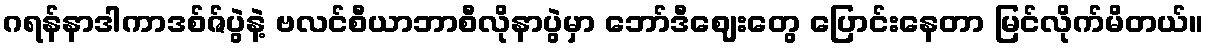
ဂရန်နာဒါကာဒစ်ဇ်ပွဲနဲ့ ဗလင်စီယာဘာစီလိုနာပွဲမှာ ဘော်ဒီဈေးတွေ ပြောင်းနေတာ မြင်လိုက်မိတယ်။